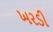
ખરડી